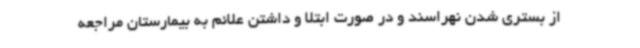
از بستری شدن نهراسند و در صورت ابتلا و داشتن علائم به بیمارستان مراجعه